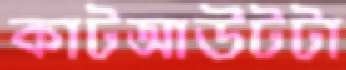
কাটআউটটা